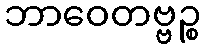
ဘာဝေတဗ္ဗဉ္စ